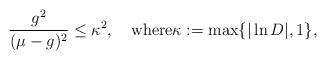
LaTeX: \begin{align*}\frac{g^2}{(\mu-g)^2}\leq \kappa^2, \quad\mathrm{where}\kappa:=\max\{|\ln D|, 1\},\end{align*}